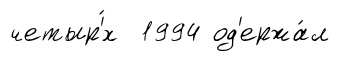
четыр'́х 1994 од'ержа́л